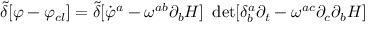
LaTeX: { \tilde { \delta } } [ \varphi - \varphi _ { c l } ] = { \tilde { \delta } } [ { \dot { \varphi } ^ { a } - \omega ^ { a b } \partial _ { b } H ] ~ \operatorname * { d e t } [ \delta _ { b } ^ { a } \partial _ { t } - \omega ^ { a c } \partial _ { c } \partial _ { b } H } ]